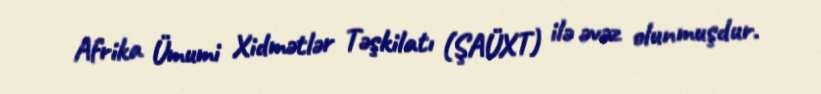
Afrika Ümumi Xidmətlər Təşkilatı (ŞAÜXT) ilə əvəz olunmuşdur.